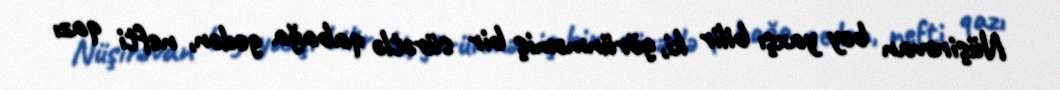
Nüşirəvan bəy yaxşı bilir ki, görünməmiş bir sürətlə qabağa gedən, nefti qazı